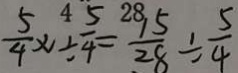
\frac { 5 } { 4 } \times 1 \div \frac { 5 } { 4 } = \frac { 1 5 } { 2 8 } \div \frac { 5 } { 4 }